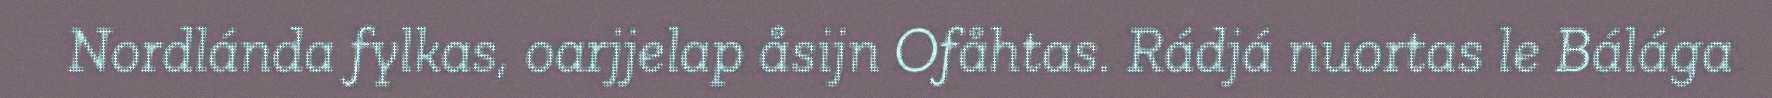
Nordlánda fylkas, oarjjelap åsijn Ofåhtas. Rádjá nuortas le Bálága